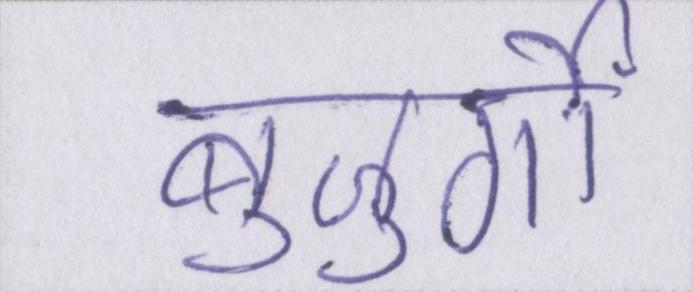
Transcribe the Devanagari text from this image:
बुजुर्गों